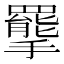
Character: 𢸇